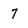
Character: 7